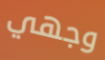
وجهي